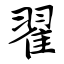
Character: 翟